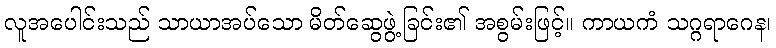
လူအပေါင်းသည် သာယာအပ်သော မိတ်ဆွေဖွဲ့ခြင်း၏ အစွမ်းဖြင့်။ ကာယကံ သဂ္ဂရာဂေန၊